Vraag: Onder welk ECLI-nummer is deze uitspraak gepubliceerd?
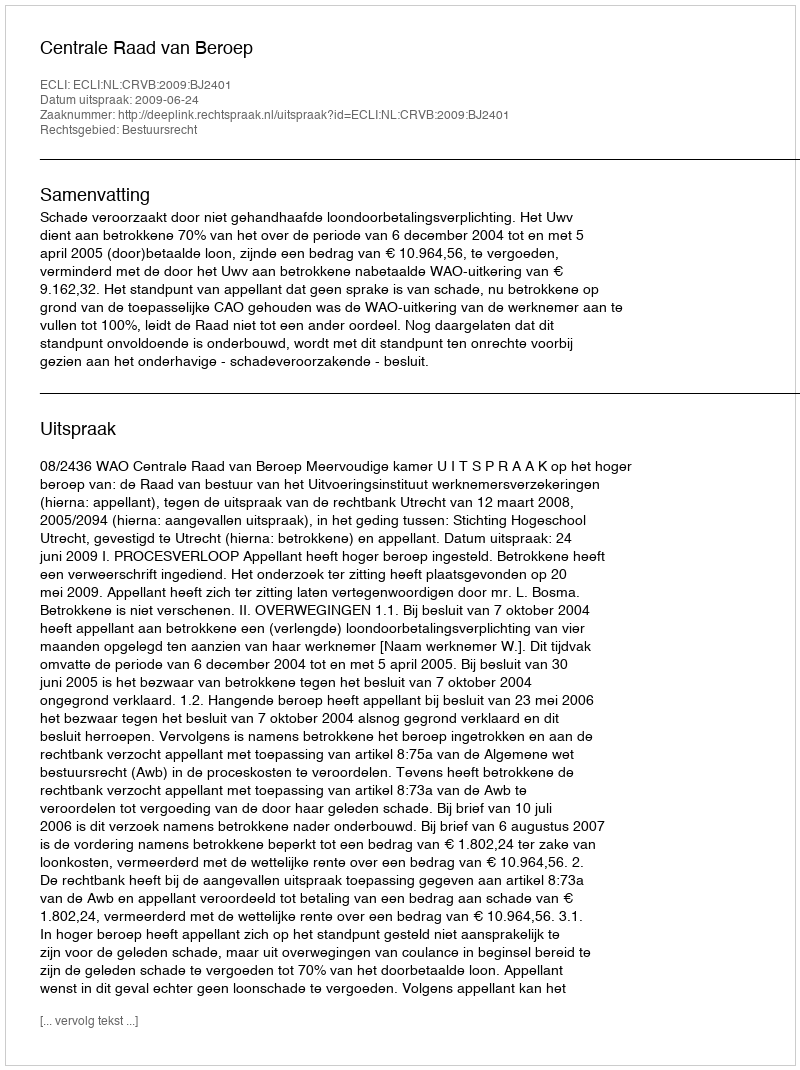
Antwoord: ECLI:NL:CRVB:2009:BJ2401